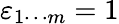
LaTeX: \varepsilon_{1\cdots m}=1